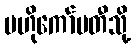
ဗဟိုကော်မတီသို့